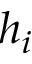
h _ { i }